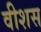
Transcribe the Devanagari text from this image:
वीशस